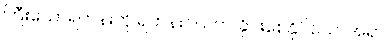
ကြီးသောရဟန်းကို ရဟန်းငယ်က ခိုင်းစေနိုင်သောအရာ